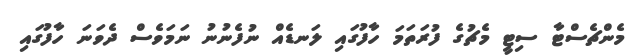
މެންޗެސްޓާ ސިޓީ މެޗުގެ ފުރަތަމަ ހާފުގައި ލަނޑެއް ނުފެނުނު ނަމަވެސް ދެވަނަ ހާފުގައި